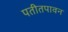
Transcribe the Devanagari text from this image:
पतीतपावन